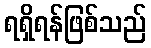
ရရှိရန်ဖြစ်သည်